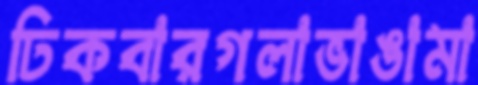
ঢিকবারগলাভাঙামা